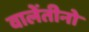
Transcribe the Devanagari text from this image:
वालेंतीनो